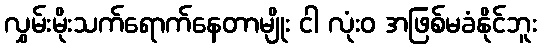
လွှမ်းမိုးသက်ရောက်နေတာမျိုး ငါ လုံးဝ အဖြစ်မခံနိုင်ဘူး